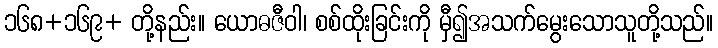
၁၆၈+၁၆၉+ တို့နည်း။ ယောဓဇီဝါ၊ စစ်ထိုးခြင်းကို မှီ၍အသက်မွေးသောသူတို့သည်။